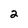
Character: 2